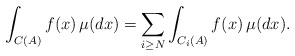
\begin{align*} \displaystyle \int_{C(A)} f(x) \,\mu(dx)= \displaystyle \sum_{i \geq N} \displaystyle \int_{C_i(A)}f(x) \,\mu(dx).\end{align*}